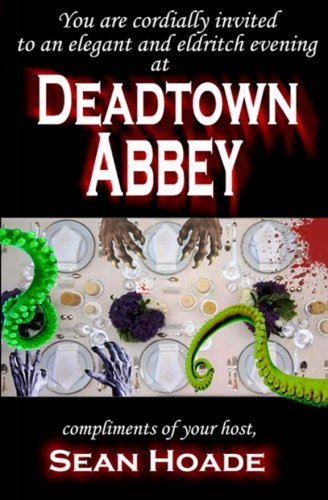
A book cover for Deadtown Abbey: An Undead Homage; Sean Hoade; Literature & Fiction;